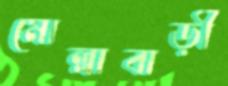
মোল্লাবাড়ী